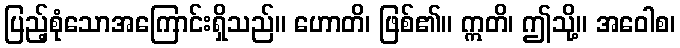
ပြည့်စုံသောအကြောင်းရှိသည်။ ဟောတိ၊ ဖြစ်၏။ ဣတိ၊ ဤသို့။ အဝေါစ၊